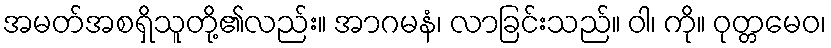
အမတ်အစရှိသူတို့၏လည်း။ အာဂမနံ၊ လာခြင်းသည်။ ဝါ၊ ကို။ ဝုတ္တမေဝ၊